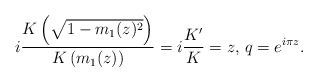
LaTeX: \begin{align*}i\frac{K\left(\sqrt{1-m_1(z)^2}\right)}{K\left(m_1(z)\right)}=i\frac{K'}{K}=z\textrm{, }q=e^{i\pi z}.\end{align*}